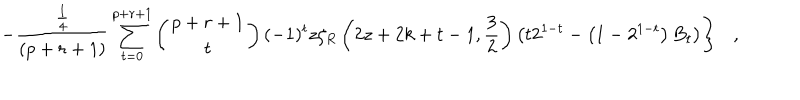
LaTeX: \left. - { \frac { \frac { 1 } { 4 } } { ( p + r + 1 ) } } \sum _ { t = 0 } ^ { p + r + 1 } \left( \begin{array} { c } { { p + r + 1 } } \\ { { t } } \\ \end{array} \right) ( - 1 ) ^ { t } z \zeta _ { R } \left( 2 z + 2 k + t - 1 , { \frac { 3 } { 2 } } \right) \left( t 2 ^ { 1 - t } - \left( 1 - 2 ^ { 1 - t } \right) B _ { t } \right) \right\} ,